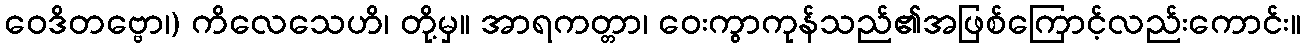
ဝေဒိတဗ္ဗော၊) ကိလေသေဟိ၊ တို့မှ။ အာရကတ္တာ၊ ဝေးကွာကုန်သည်၏အဖြစ်ကြောင့်လည်းကောင်း။